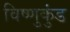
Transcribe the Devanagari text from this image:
विष्णुकुंड